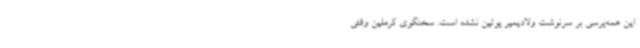
این همه‌پرسی بر سرنوشت ولادیمیر پوتین نشده است. سخنگوی کرملین وقتی